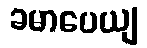
ခမာပေယျ